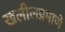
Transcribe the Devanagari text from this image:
खलीलप्रमाणे